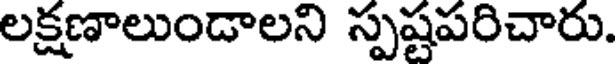
లక్షణాలుండాలని స్పష్టపరిచారు.